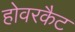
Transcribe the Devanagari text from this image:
होवरकैट